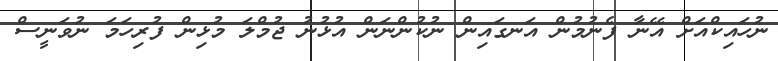
ނުހައިކްއަށް އޭނާ ފެނުމުން އަނގައިން ނުކުންނަން އުޅުނު ޖުމްލަ މުޅިން ފުރިހަމަ ނުވަނީސް